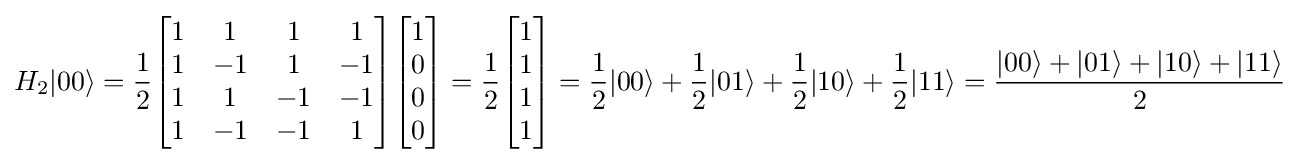
H_{2}|00\rangle ={\frac {1}{2}}{\begin{bmatrix}1&1&1&1\\1&-1&1&-1\\1&1&-1&-1\\1&-1&-1&1\end{bmatrix}}{\begin{bmatrix}1\\0\\0\\0\end{bmatrix}}={\frac {1}{2}}{\begin{bmatrix}1\\1\\1\\1\end{bmatrix}}={\frac {1}{2}}|00\rangle +{\frac {1}{2}}|01\rangle +{\frac {1}{2}}|10\rangle +{\frac {1}{2}}|11\rangle ={\frac {|00\rangle +|01\rangle +|10\rangle +|11\rangle }{2}}